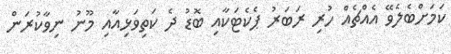
ކަމަށްބެލެވޭ އެއްޗެއް ހުރި ރަބަރު ޕެކެޓަކާއި ބޮޑު ދެ ކަތިވަޅިއާއި މޫނު ނިވާކުރަން